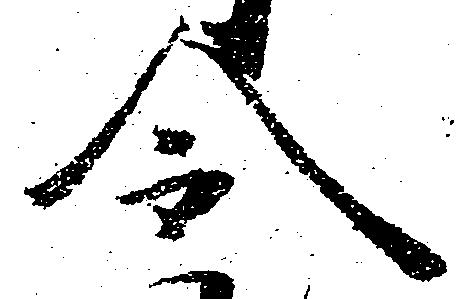
令